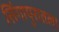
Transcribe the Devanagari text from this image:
सिंगापुरातला